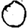
Digit: 0